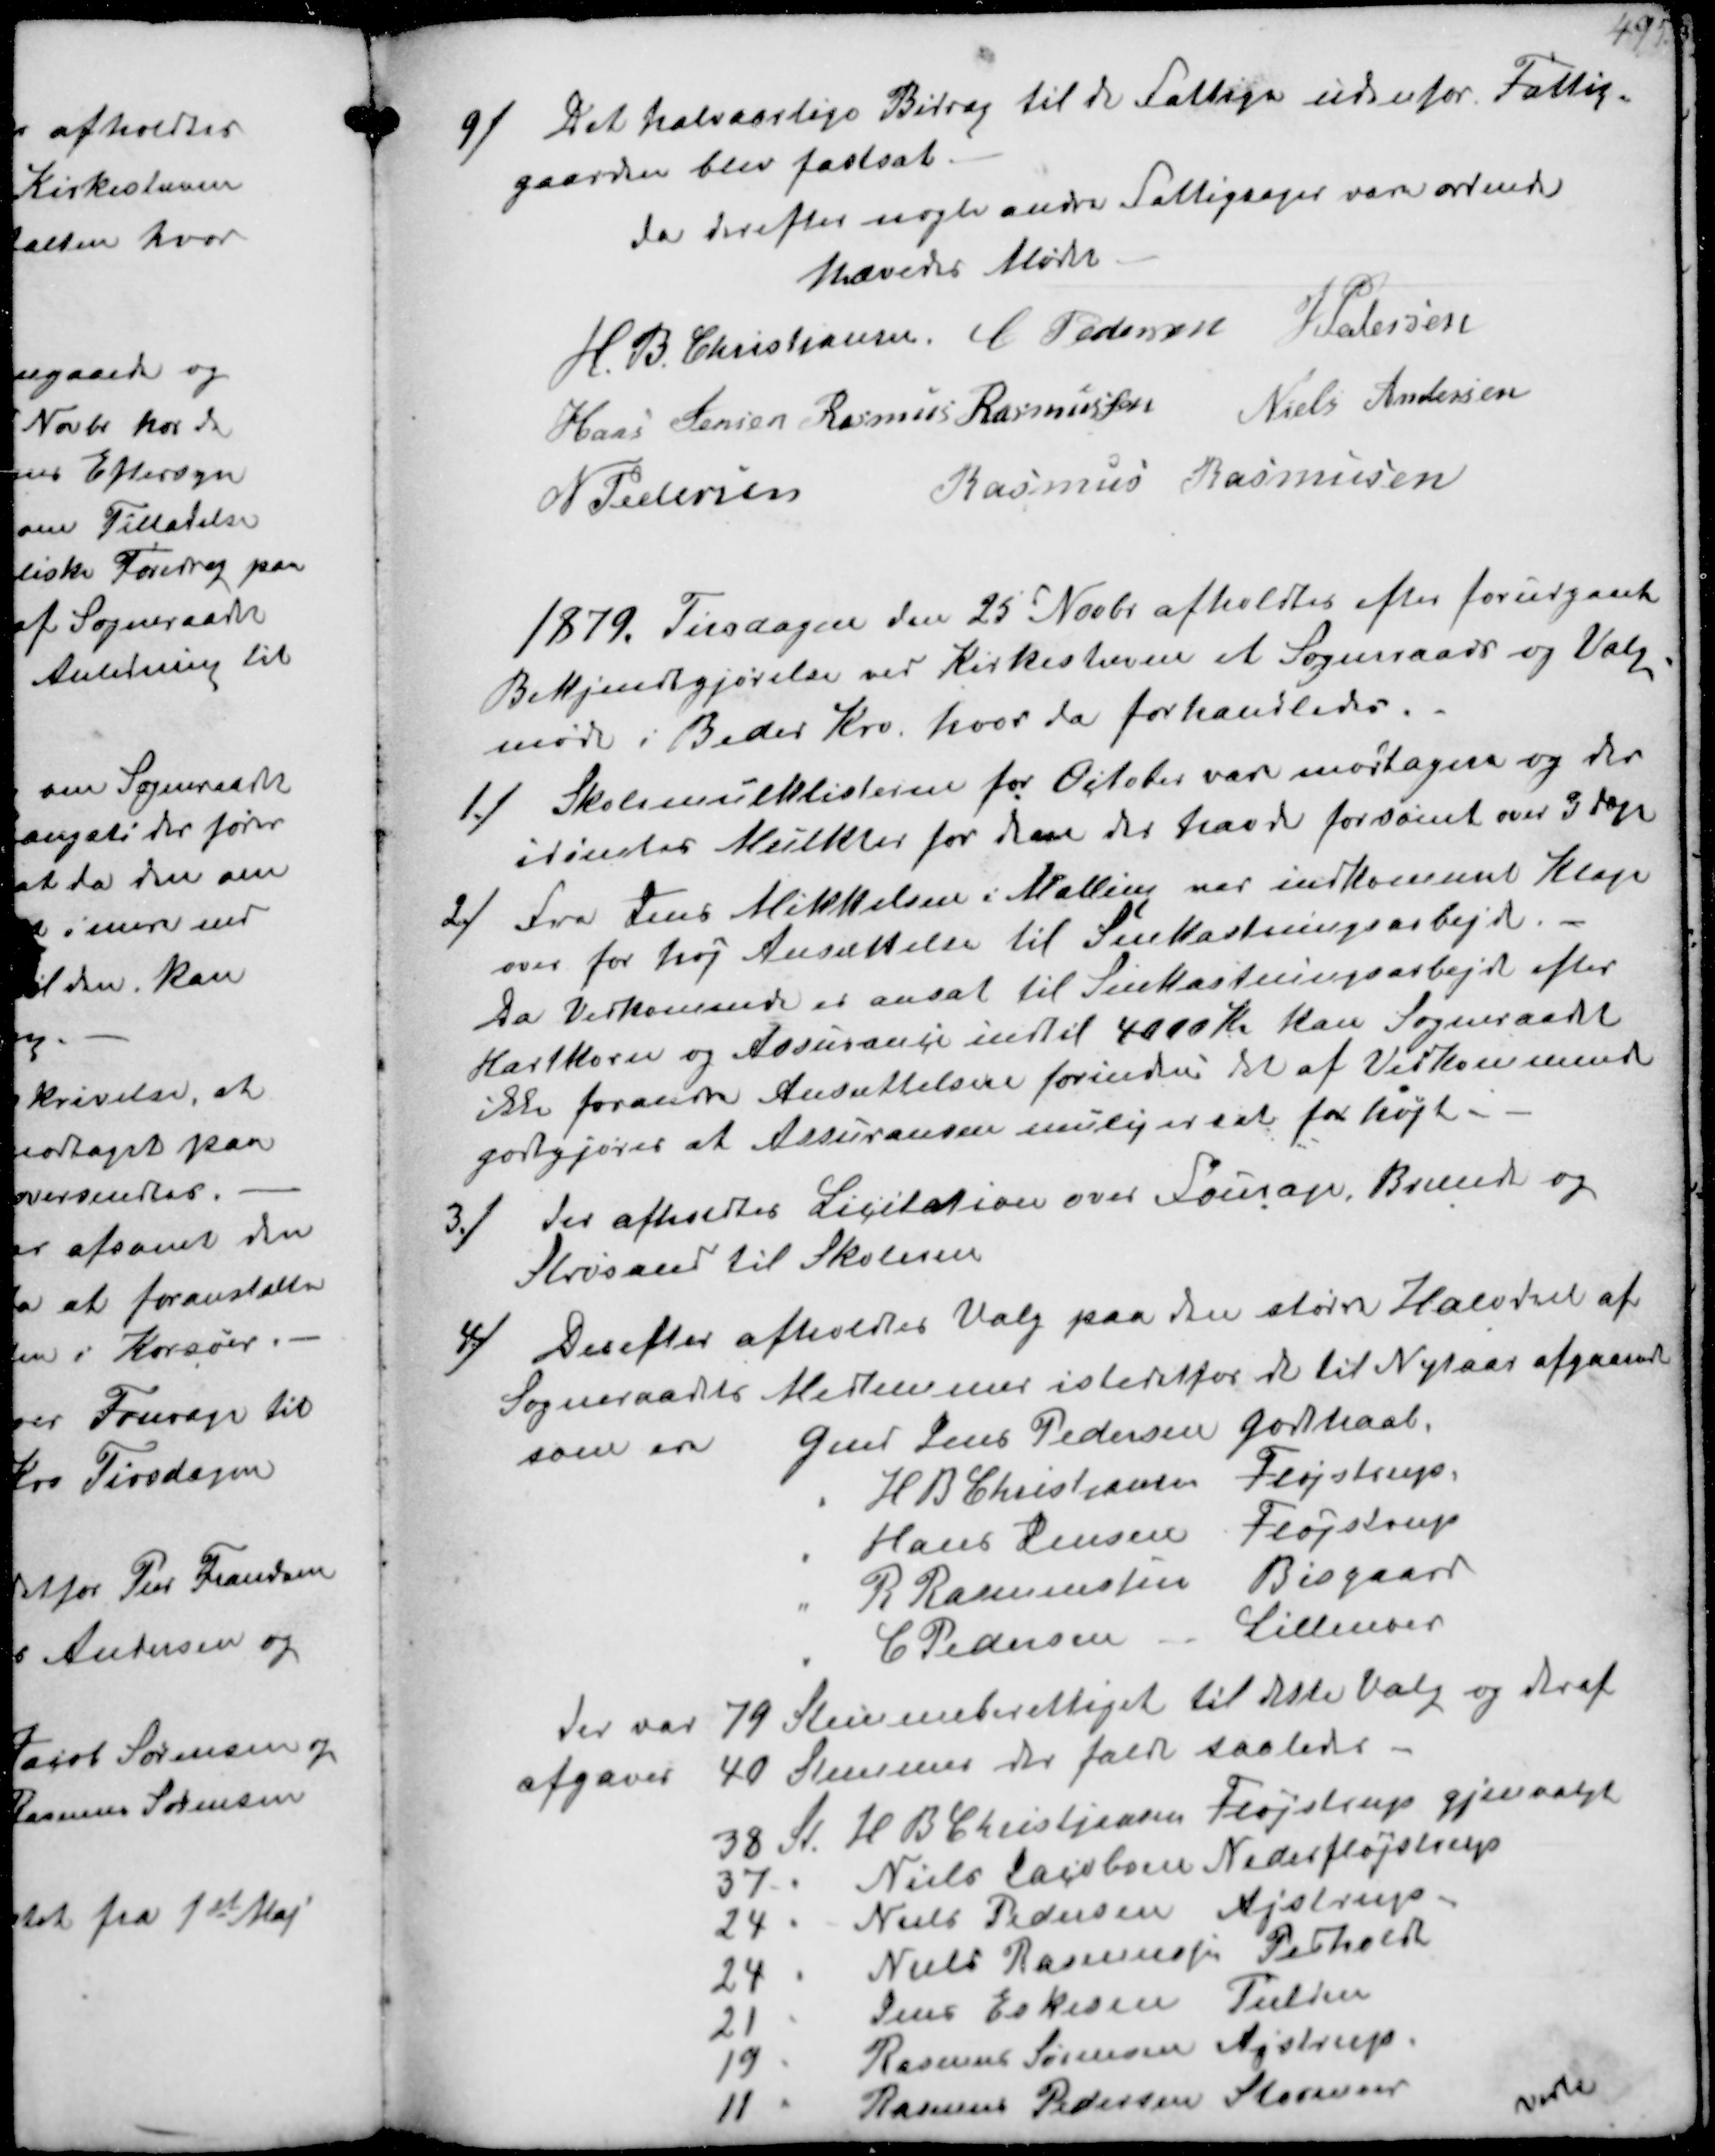
Transskription:
9/
Det halvaarlige Bidrag til de Fattige udenfor Fattig-
gaarden blev fastsat.
da dereftes nogle andre Fattigsager var ordnede
hævedes Mødet
H. B. Christiansen
C Pedersen
J Petersen
Hans Jensen
Rasmus Rasmussen
Niels Andersen
N Pedersen
Rasmus Rasmussen

1879. Tirsdagen den 25d Novbr afholdtes efter forudgaaet
Bekjendtgjørelse ved Kirkestævne et Sogneraads og Valg-
møde i Beder Kro hvor da forhandledes
1/
Skolemulktlisterne for October var modtagen og der
idømstes Mulkter for dem der havde forsømt over 3 Dage
2/
Fra Jens Mikkelsen i Malling var indkommet Klage
over for høj Ansættelse til Snekastningsarbejde.
Da Vedkommende er ansat til Snekastningsarbejde efter
Hartkorn og Assurance indtil 4000 Kr kan Sogneraadet
ikke forandre Ansættelsen forinden det af Vedkommende
godtgjøres at Assuransen mulig er sat for højt
3/
der afholdtes Licitation over Fourage, Brænde og
Strøsand til Skolerne
4/
Derefter afholdtes Valg paa den større Halvdel af
Sogneraadets Medlemmer istedetfor de til Nytaar afgaaende
som en Gmd Jens Pedersen Godthaab
" H B Christiasen Fløjstrup
" Hans Jensen Fløjstrup
" R Rasmussen Bisgaard
" C Pedersen Lillenoer
der var 79 Stemmeberettiget til dette Valg og deraf
afgaves 40 Stemmer der faldt saaledes
38 St. H B Christjansen Fløjstrup gjenvalgt
37 " Niels Jacobsen Nedesfløjstrup
24 "  Niels Pedersen Ajstrup
24 " Niels Rasmussen Pelholdt
21 " Jens Eskesen Fulden
19 " Rasmus Sørensen Ajstrup
11 " Rasmus Pedersen Storenoer